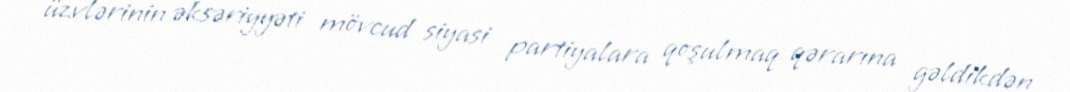
üzvlərinin əksəriyyəti mövcud siyasi partiyalara qoşulmaq qərarına gəldikdən